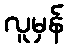
လူမှန်